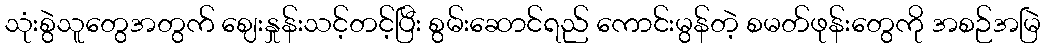
သုံးစွဲသူတွေအတွက် ဈေးနှုန်းသင့်တင့်ပြီး စွမ်းဆောင်ရည် ကောင်းမွန်တဲ့ စမတ်ဖုန်းတွေကို အစဉ်အမြဲ